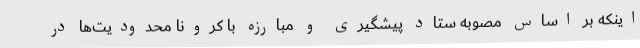
اینکه بر اساس مصوبه ستاد پیشگیری و مبارزه با کرونا محدودیت‌ها در